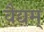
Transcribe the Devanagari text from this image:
वैद्यम्